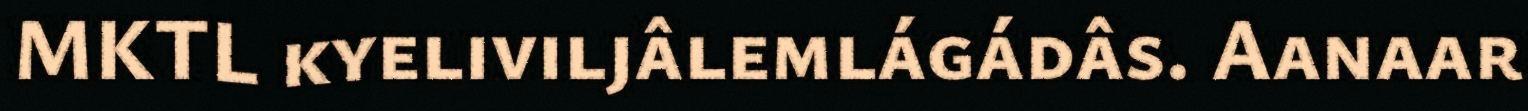
MKTL kyeliviljâlemlágádâs. Aanaar